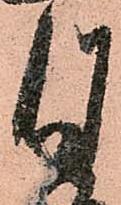
月